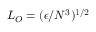
L _ { O } = ( \epsilon / N ^ { 3 } ) ^ { 1 / 2 }